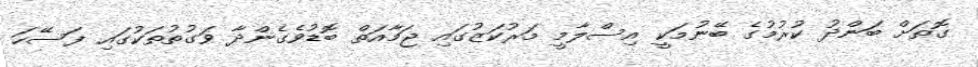
ގޮތަށް ބަންދު ކުރުމުގެ ބޭނުމަކީ އިސްލާމީ މަރުކަޒުގައި ޖަމާއަތް ބޮޑުވެގެންދާ ވަގުތުތަކުގައި ފަސޭހަ